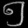
Digit: ၅